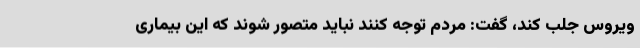
ویروس جلب کند، گفت: مردم توجه کنند نباید متصور شوند که این بیماری